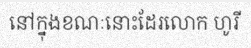
នៅក្នុងខណៈនោះដែរលោក ហូរី